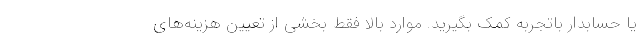
یا حسابدار باتجربه کمک بگیرید. موارد بالا فقط بخشی از تعیین هزینه‌های